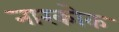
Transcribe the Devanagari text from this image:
नारकोक